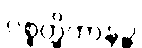
ပစ္စတ္ထိကာနဉ္စ